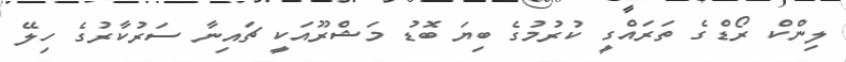
ލިންކް ރޯޑްގެ ތަރައްގީ ކުރުމުގެ ބިޔަ ބޮޑު މަޝްރޫއަކީ ޗައިނާ ސަރުކާރުގެ ހިލޭ